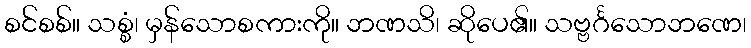
စင်စစ်။ သစ္စံ၊ မှန်သောစကားကို။ ဘဏသိ၊ ဆိုပေ၏။ သဗ္ဗင်္ဂသောဘဏေ၊